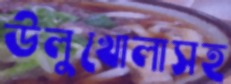
উলুখোলাসহ